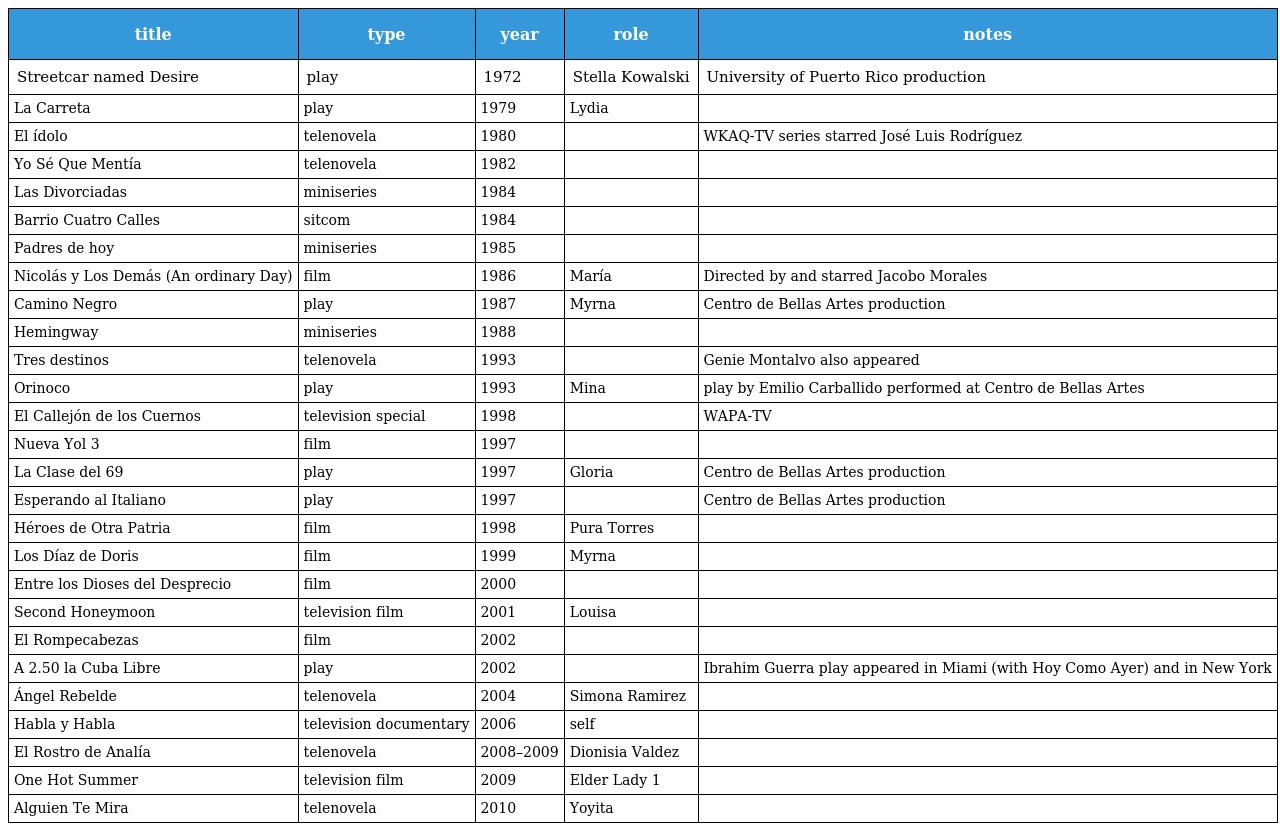
| title | type | year | role | notes |
 | --- | --- | --- | --- | --- |
 | Streetcar named Desire | play | 1972 | Stella Kowalski | University of Puerto Rico production |
 | La Carreta | play | 1979 | Lydia |  |
 | El ídolo | telenovela | 1980 |  | WKAQ-TV series starred José Luis Rodríguez |
 | Yo Sé Que Mentía | telenovela | 1982 |  |  |
 | Las Divorciadas | miniseries | 1984 |  |  |
 | Barrio Cuatro Calles | sitcom | 1984 |  |  |
 | Padres de hoy | miniseries | 1985 |  |  |
 | Nicolás y Los Demás (An ordinary Day) | film | 1986 | María | Directed by and starred Jacobo Morales |
 | Camino Negro | play | 1987 | Myrna | Centro de Bellas Artes production |
 | Hemingway | miniseries | 1988 |  |  |
 | Tres destinos | telenovela | 1993 |  | Genie Montalvo also appeared |
 | Orinoco | play | 1993 | Mina | play by Emilio Carballido performed at Centro de Bellas Artes |
 | El Callejón de los Cuernos | television special | 1998 |  | WAPA-TV |
 | Nueva Yol 3 | film | 1997 |  |  |
 | La Clase del 69 | play | 1997 | Gloria | Centro de Bellas Artes production |
 | Esperando al Italiano | play | 1997 |  | Centro de Bellas Artes production |
 | Héroes de Otra Patria | film | 1998 | Pura Torres |  |
 | Los Díaz de Doris | film | 1999 | Myrna |  |
 | Entre los Dioses del Desprecio | film | 2000 |  |  |
 | Second Honeymoon | television film | 2001 | Louisa |  |
 | El Rompecabezas | film | 2002 |  |  |
 | A 2.50 la Cuba Libre | play | 2002 |  | Ibrahim Guerra play appeared in Miami (with Hoy Como Ayer) and in New York |
 | Ángel Rebelde | telenovela | 2004 | Simona Ramirez |  |
 | Habla y Habla | television documentary | 2006 | self |  |
 | El Rostro de Analía | telenovela | 2008–2009 | Dionisia Valdez |  |
 | One Hot Summer | television film | 2009 | Elder Lady 1 |  |
 | Alguien Te Mira | telenovela | 2010 | Yoyita |  |